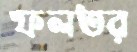
ফলতর